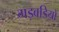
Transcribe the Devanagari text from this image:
गड़बडियों